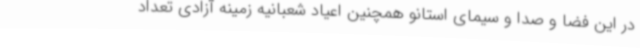
در این فضا و صدا و سیمای استانو همچنین اعیاد شعبانیه زمینه آزادی تعداد